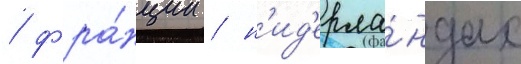
/ фра́нции / н'ид'ерла́ндах